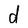
Character: d